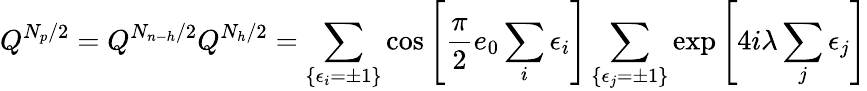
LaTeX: Q^{N_{p}/2}=Q^{N_{n-h}/2}Q^{N_{h}/2}=\sum_{\{ \epsilon_{i}=\pm 1\} }\cos\left[\frac{\pi}{2}e_{0}\sum_{i}\epsilon_{i}\right]\sum_{\{ \epsilon_{j}=\pm 1\} }\exp\left[4i\lambda\sum_{j}\epsilon_{j}\right]